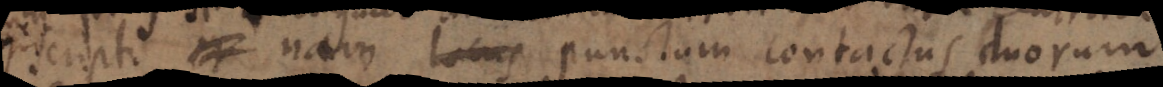
prempti _ nam locus punctam contactus duorum